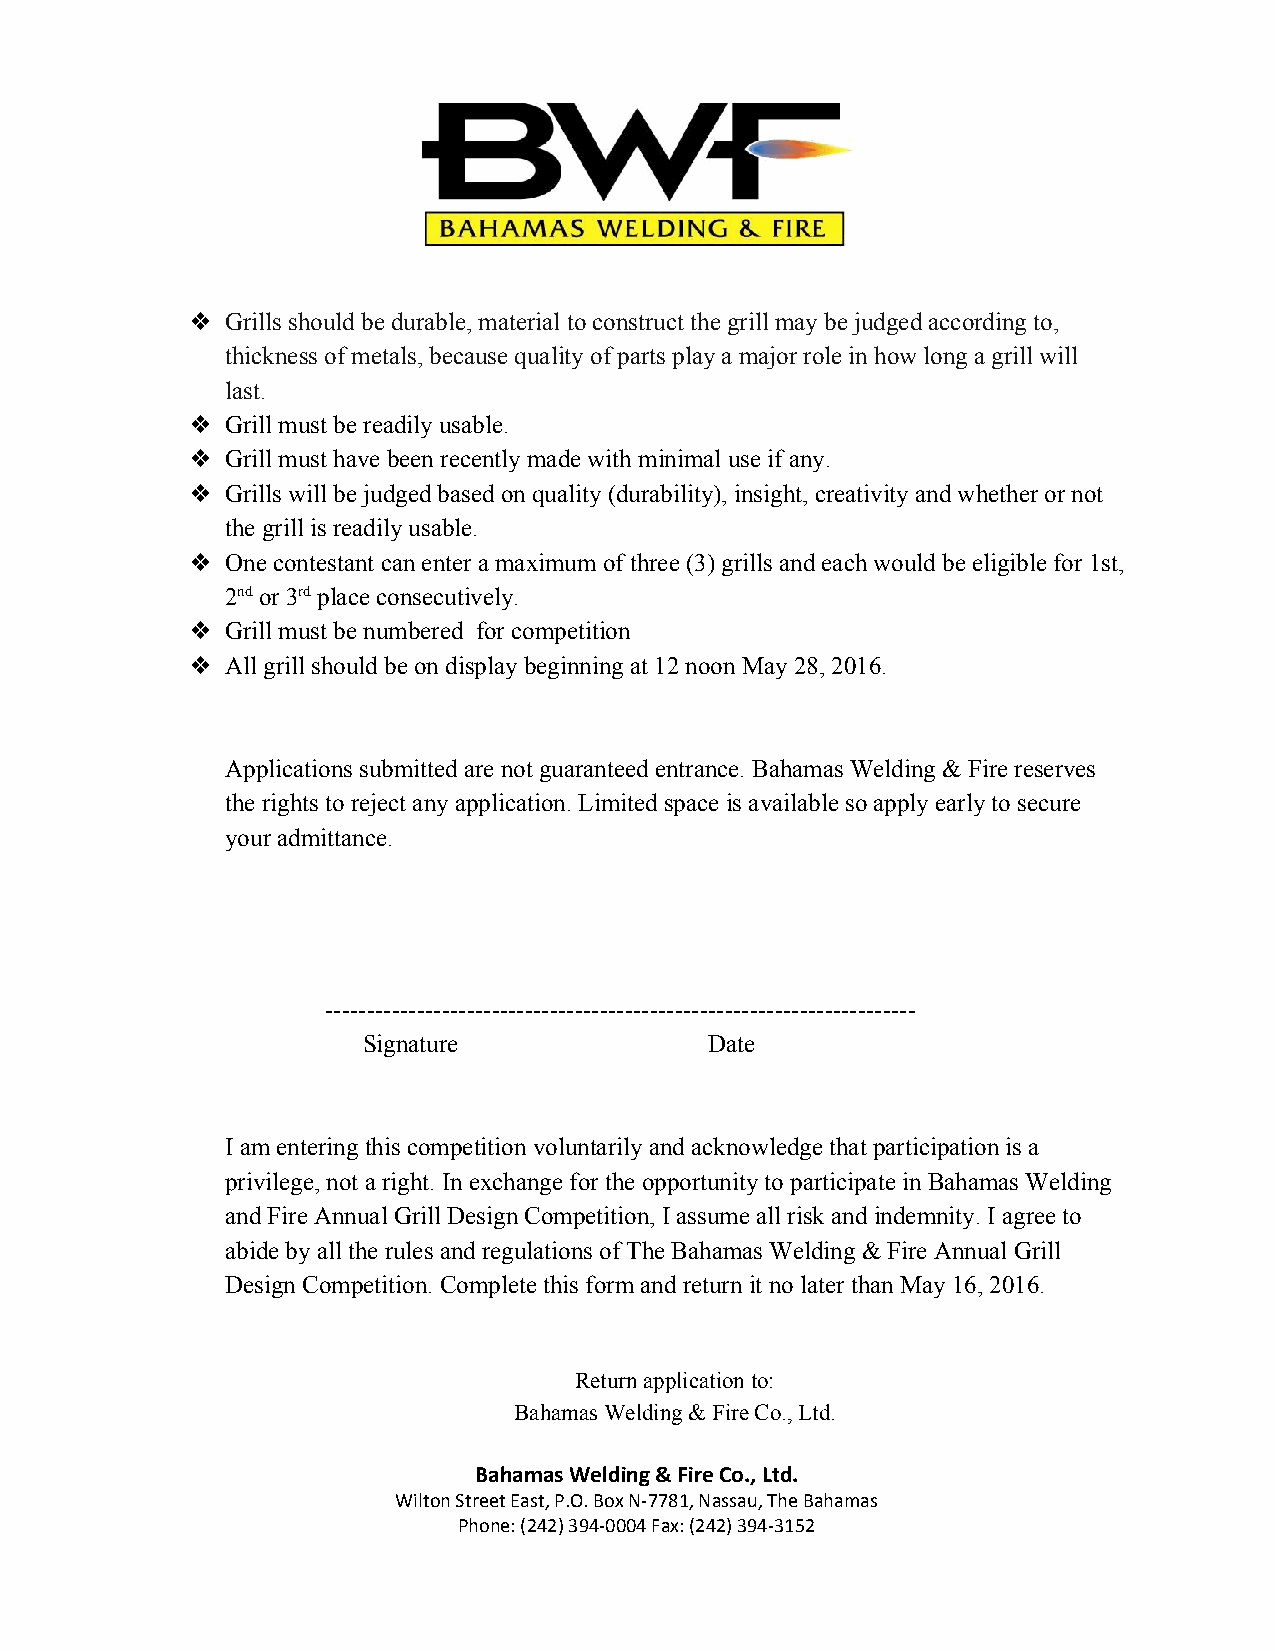
❖  Grills should be durable, material to construct the grill may be judged according to,
 thickness of metals, because quality of parts play a major role in how long a grill will
 last.
 ❖  Grill must be readily usable.
 ❖  Grill must have been recently made with minimal use if any.
 ❖  Grills will be judged based on quality (durability), insight, creativity and whether or not
 the grill is readily usable.
 ❖  One contestant can enter a maximum of three (3) grills and each would be eligible for 1st,
 2nd or 3rd place consecutively.
 ​   ​
 ​   ​
 ❖  Grill must be numbered for competition
 ❖  All grill should be on display beginning at 12 noon May 28, 2016.
 Applications submitted are not guaranteed entrance. Bahamas Welding & Fire reserves
 the rights to reject any application. Limited space is available so apply early to secure
 your admittance.
 ­­­­­­­­­­­­­­­­­­­­­­­­­­­­­­­­­­­­­­­­­­­­­­­­­­­­­­­­­­­­­­­­­­­­­­­
 Signature              Date
 I am entering this competition voluntarily and acknowledge that participation is a
 privilege, not a right. In exchange for the opportunity to participate in Bahamas Welding
 and Fire Annual Grill Design Competition, I assume all risk and indemnity. I agree to
 abide by all the rules and regulations of The Bahamas Welding & Fire Annual Grill
 Design Competition. Complete this form and return it no later than May 16, 2016.
 Return application to:
 Bahamas Welding & Fire Co., Ltd.
 Bahamas Welding & Fire Co., Ltd.
 Wilton Street East, P.O. Box N­7781, Nassau, The Bahamas
 Phone: (242) 394­0004 Fax: (242) 394­3152